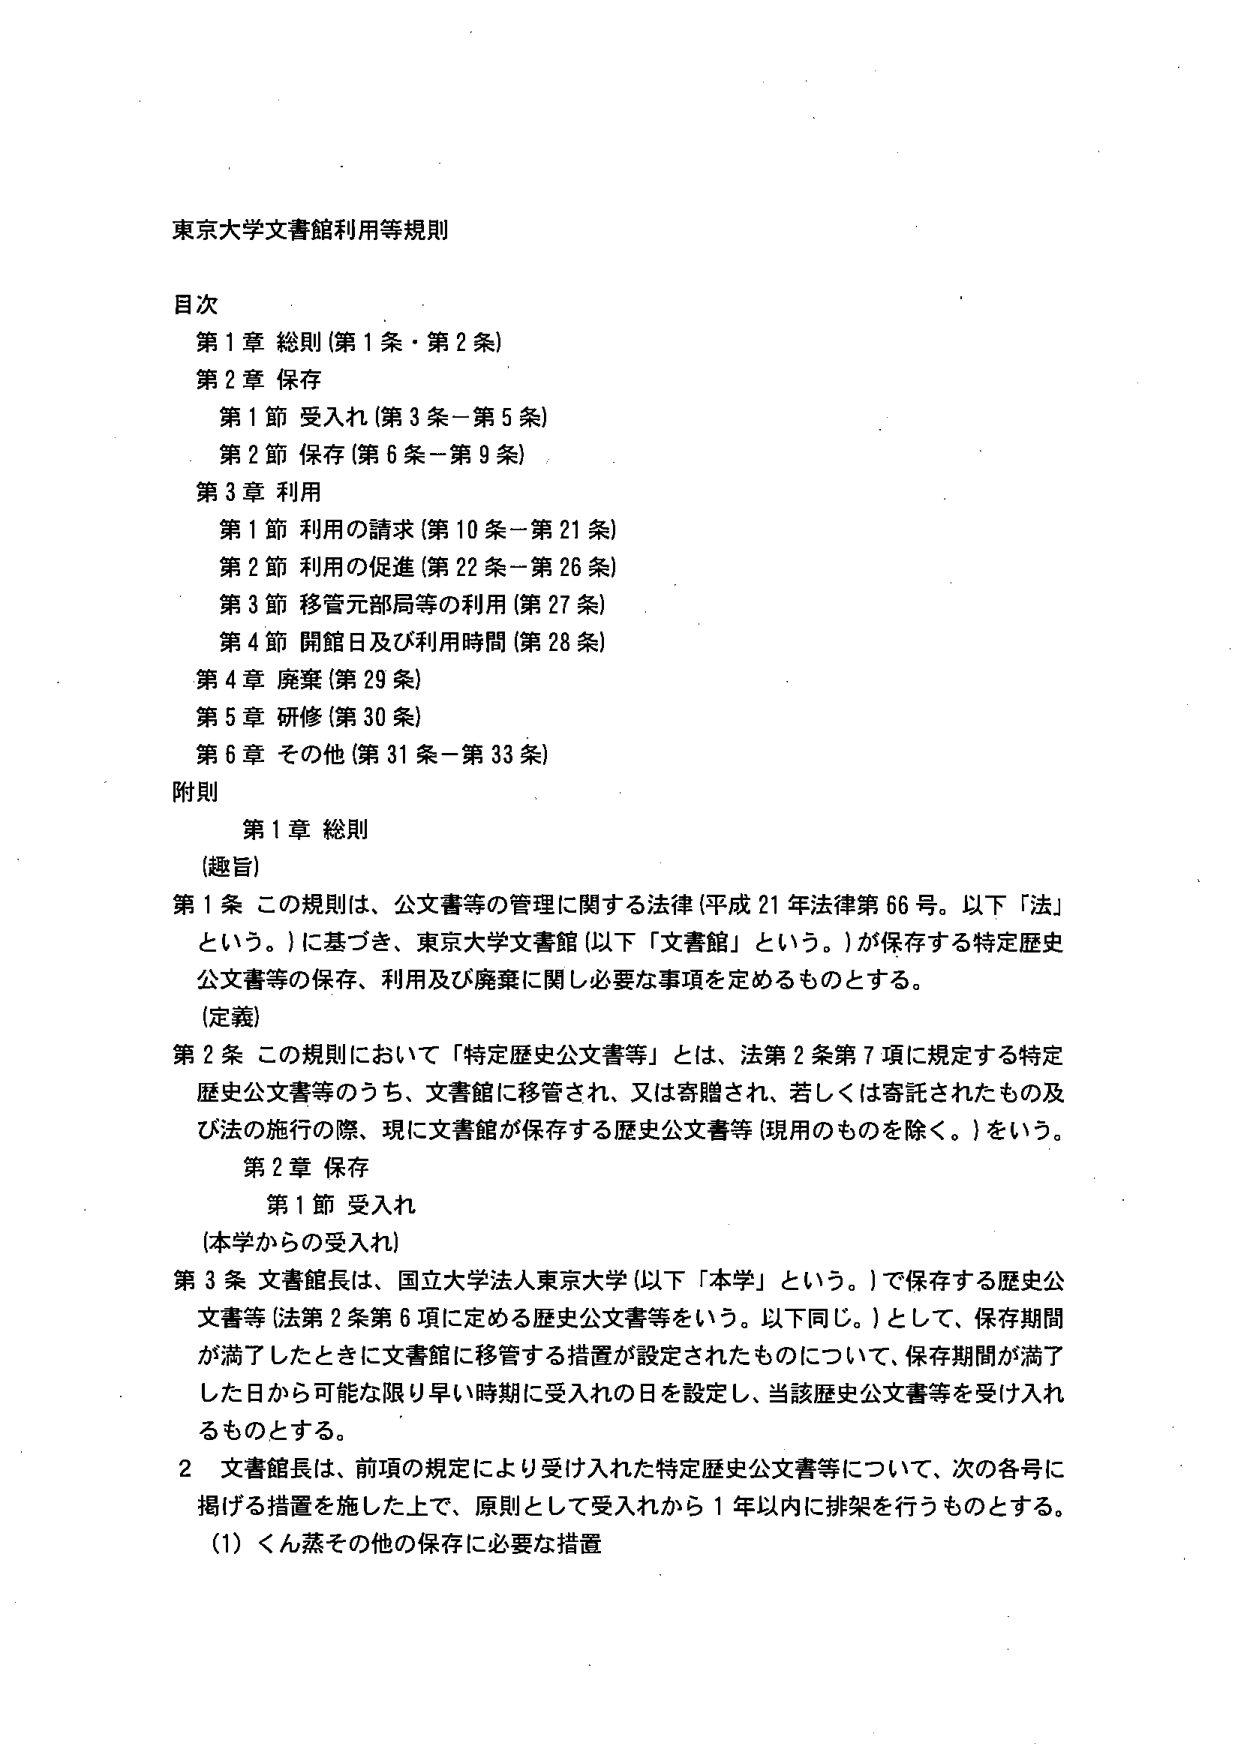
東京大学文書館利用等規則

目次
第1章 総則（第1条・第2条）
第2章 保存
　第1節 受入れ（第3条－第5条）
　第2節 保存（第6条－第9条）
第3章 利用
　第1節 利用の請求（第10条－第21条）
　第2節 利用の促進（第22条－第26条）
　第3節 移管元局等の利用（第27条）
　第4節 開館日及び利用時間（第28条）
第4章 廃棄（第29条）
第5章 研修（第30条）
第6章 その他（第31条－第33条）
附則

第1章 総則
（趣旨）
第1条 この規則は、公文書等の管理に関する法律（平成21年法律第66号。以下「法」という。）に基づき、東京大学文書館（以下「文書館」という。）が保存する特定歴史公文書等の保存、利用及び廃棄に関し必要な事項を定めるものとする。
（定義）
第2条 この規則において「特定歴史公文書等」とは、法第2条第7項に規定する特定歴史公文書等のうち、文書館に移管され、又は寄贈され、若しくは寄託されたもの及び法の施行の際、現に文書館が保存する歴史公文書等（現用のものを除く。）をいう。

第2章 保存
　第1節 受入れ
（本学からの受入れ）
第3条 文書館長は、国立大学法人東京大学（以下「本学」という。）で保存する歴史公文書等（法第2条第6項に定める歴史公文書等をいう。以下同じ。）として、保存期間が満了したときに文書館に移管する措置が設定されたものについて、保存期間が満了した日から可能な限り早い時期に受入れの日を設定し、当該歴史公文書等を受け入れるものとする。
　2 文書館長は、前項の規定により受け入れた特定歴史公文書等について、次の各号に掲げる措置を施した上で、原則として受入れから1年以内に排架を行うものとする。
　　（1）くん蒸その他の保存に必要な措置